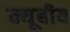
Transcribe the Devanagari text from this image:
न्यूबीय